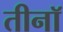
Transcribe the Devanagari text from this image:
तीनॉ